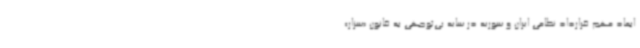
ابعاد مهم قرارداد نظامی ایران و سوریه در سایه بی‌توجهی به قانون «سزار»